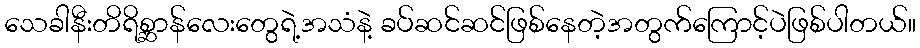
သေခါနီးတိရိစ္ဆာန်လေးတွေရဲ့အသံနဲ့ ခပ်ဆင်ဆင်ဖြစ်နေတဲ့အတွက်ကြောင့်ပဲဖြစ်ပါတယ်။